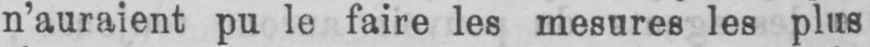
n’auraient pu le faire les mesures les plus